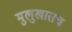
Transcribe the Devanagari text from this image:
मुलुखातच